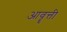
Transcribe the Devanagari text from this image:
आवॄत्ती